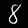
Digit: 8